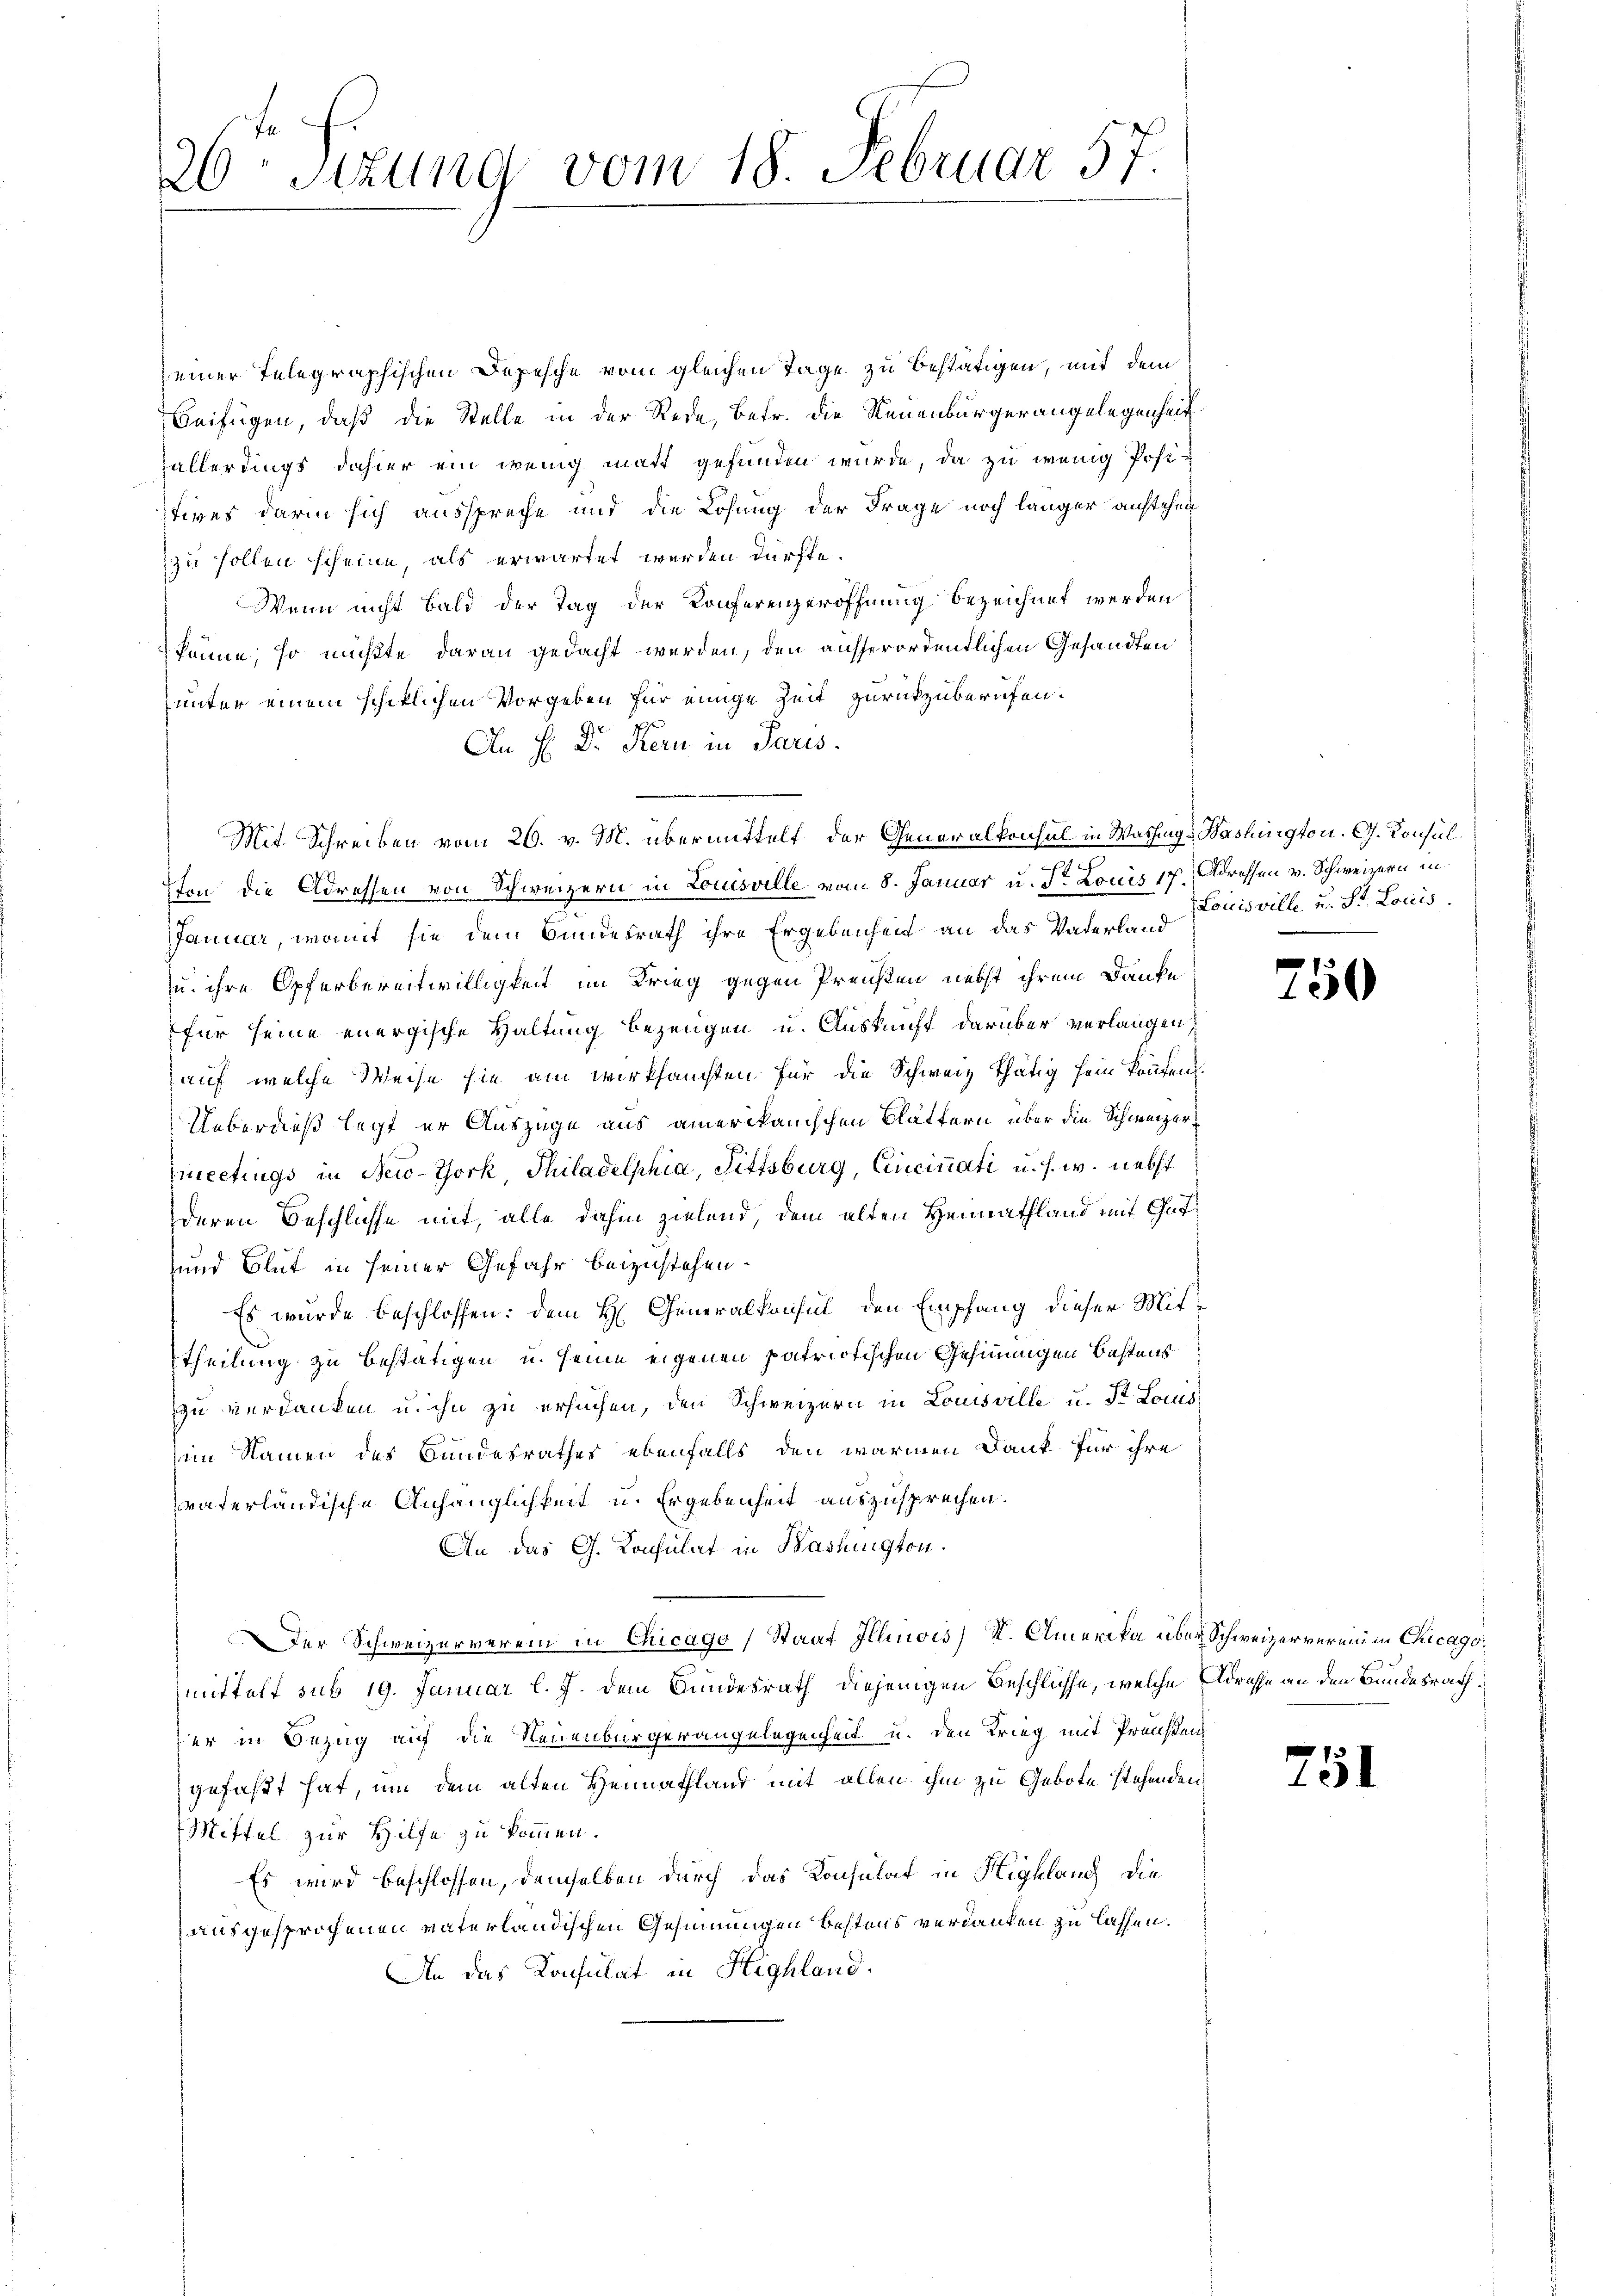
26ten Sitzung vom 18. Februar 57.

einer Telegraphischen Depesche vom gleichen Tage zu bestätigen, mit dem
Beifügen, daß die Stelle in der Rede, betr. die Neuenburgerangelegenheit
Hallerdings dahier ein wenig matt gefunden wurde, da zu wenig Postu
itives darin sich ausspreche und die Losung der Frage noch länger anstehen
zu sollen scheine, als erwartet werden dürfte.
Wenn nicht bald der Tag der Konferenzeröffnung bezeichnet werden
könne, so müßte daran gedacht werden, den ausserordentlichen Gesandten
unter einem schiklichen Vorgeben für einige Zeit zurückzuberufen.
An H. Dr Kern in Paris.
ton die Adressen von Schweizern in Louisville vom 8. Januar u. St. Louis 17. Adressen v. Schweizern in
Januar, womit sie dem Bundesrath ihre Ergebenheit an das Vaterland
u. ihre Opferbereitwilligkeit im Krieg gegen Preußen nebst ihrem Danke
für seine energische Haltung bezeugen u. Auskunft darüber verlangen,
auf welche Weise sie am wirkhaupten für die Schweiz thätig sein konnten.
Ueberdieß legt er Auszüge aus amerikanischen Blättern über die Schweizermeetings in New-York, Philadelphia, Pittsburg, Qucinati u. s. w. nebst
deren Beschlisse mit, alle dahin zielend, dem alten Heimathland mit Gat¬
und Blut in seiner Gefahr beizustehen.
Es wurde beschlossen: dem H. Generalkonsul den Empfang dieser Mittheilung zu bestätigen u. seine eigenen patriotischen Gesinnungen Bestens
zu verdanken u. ihn zu ersuchen, den Schweizern in Louisville u. St. Louis
im Namen des Bundesrathes ebenfalls den warmen Dank für ihre
väterländische Anhänglichkeit u. Ergebenheit auszusprechen.
An das G. Konsulat in Washington.
Der Schweizerverein in Chicago Staat Illinois) S. Amerika über Schweizerverein in Chicago
mittelt sub 19. Januar l. J. dem Bundesrath diejenigen Beschlüsse, welche Adresse an den Bundesrath.
der in Bezug auf die Neuenburgerangelegenheit u. den Krieg mit Preußen
gefaßt hat, um dem alten Heimathland mit allen ihm zu Gebote stehenden
Mittel zur Hilfe zu kommen.
Es wird beschlossen, demselben durch das Konsulat in Highlang die
ausgesprochenen vaterländischen Gesinnungen bestens verdanken zu lassen.
An das Konsulat in Highland.

Mit Schreiben vom 26. v. M. übermittelt, der Generalkonsul in Washing-Washington. G. Konsul¬

Loicis ville u. St. Louis

750

751